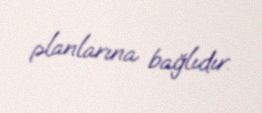
planlarına bağlıdır.